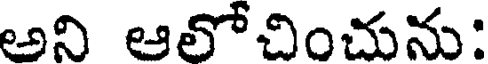
అని ఆలోచించును: